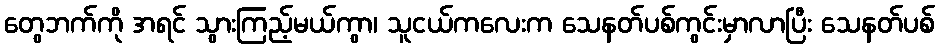
တွေဘက်ကို အရင် သွားကြည့်မယ်ကွာ၊ သူငယ်ကလေးက သေနတ်ပစ်ကွင်းမှာလာပြီး သေနတ်ပစ်